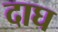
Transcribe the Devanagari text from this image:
दाघ